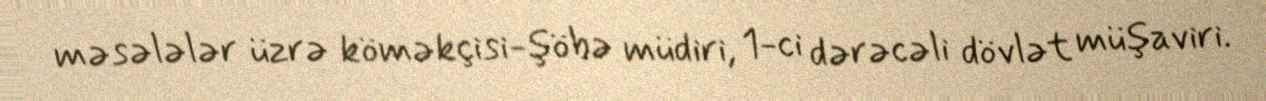
məsələlər üzrə köməkçisi-şöbə müdiri, 1-ci dərəcəli dövlət müşaviri.